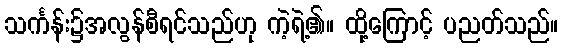
သင်္ကန်း၌အလွန်စီရင်သည်ဟု ကဲ့ရဲ့၏။ ထို့ကြောင့် ပညတ်သည်။